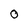
Character: 0